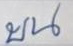
บน